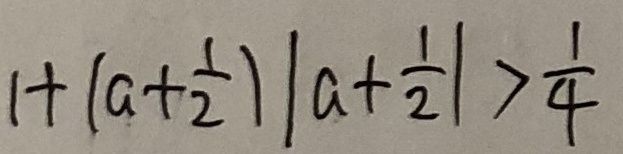
1 + ( a + \frac { 1 } { 2 } ) \vert a + \frac { 1 } { 2 } \vert > \frac { 1 } { 4 }